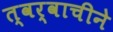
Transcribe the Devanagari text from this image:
त्वर्वाचीने